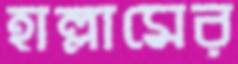
হাল্লামের